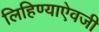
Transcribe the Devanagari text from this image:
लिहिण्याऐवजी